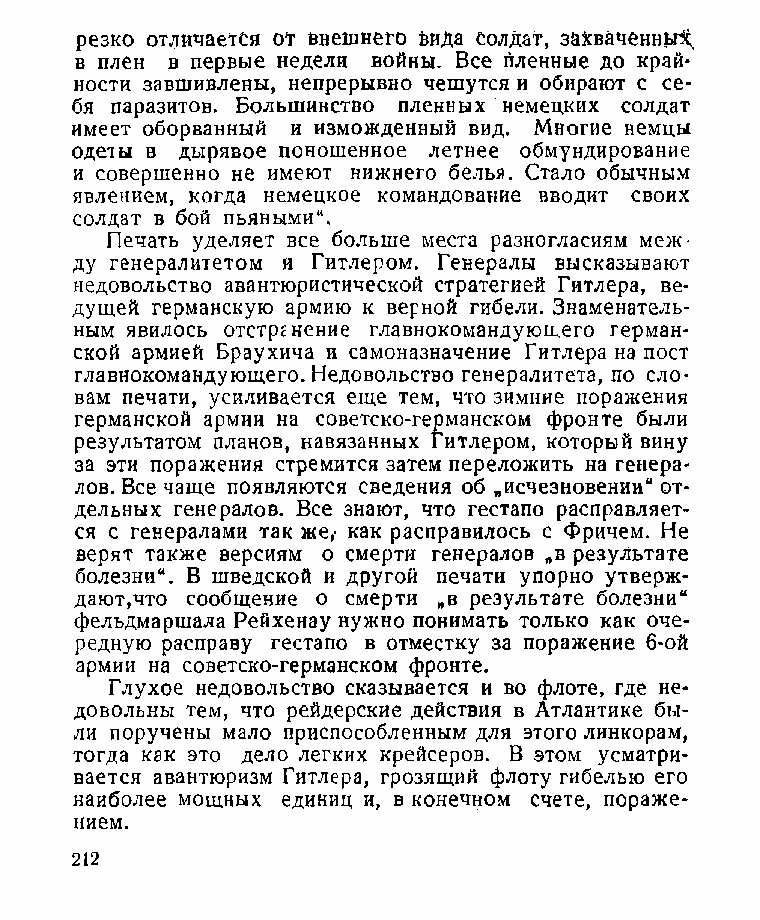
резко отличается от внешнего Инда солдат, закваченньг^
 в плен в первые недели войны. Все пленные до край*
 ности завшивлены, непрерывно чешутся и обирают с се­
 бя паразитов. Большинство пленных немецких солдат
 имеет оборванный и изможденный вид. Многие немцы
 одеты в дырявое поношенное летнее обмундирование
 и совершенно не имеют нижнего белья. Стало обычным
 явлением, когда немецкое командование вводит своих
 солдат в бой пьяными“.
 Печать уделяет все больше места разногласиям меж­
 ду генералитетом и Гитлером. Генералы высказывают
 недовольство авантюристической стратегией Гитлера, ве­
 дущей германскую армию к верной гибели. Знаменатель­
 ным явилось отстргнение главнокомандующего герман­
 ской армией Браухича и самоназначение Гитлера на пост
 главнокомандующего. Недовольство генералитета, по сло­
 вам печати, усиливается еще тем, что зимние поражения
 германской армии на советско-германском фронте были
 результатом планов, навязанных Гитлером, который вину
 за эти поражения стремится затем переложить на генера­
 лов. Все чаще появляются сведения об „исчезновении“ от­
 дельных генералов. Все знают, что гестапо расправляет­
 ся с генералами так же,- как расправилось с Фричем. Не
 верят также версиям о смерти генералов „в результате
 болезни“. В шведской и другой печати упорно утверж­
 дают,что сообщение о смерти „в результате болезни“
 фельдмаршала Рейхенау нужно понимать только как оче­
 редную расправу гестапо в отместку за поражение 6-ой
 армии на советско-германском фронте.
 Глухое недовольство сказывается и во флоте, где не­
 довольны тем, что рейдерские действия в Атлантике бы­
 ли поручены мало приспособленным для этого линкорам,
 тогда как это дело легких крейсеров. В этом усматри­
 вается авантюризм Гитлера, грозящий флоту гибелью его
 наиболее мощных единиц и, в конечном счете, пораже­
 нием.
 212